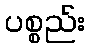
ပစ္စည်း